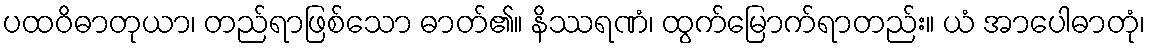
ပထဝိဓာတုယာ၊ တည်ရာဖြစ်သော ဓာတ်၏။ နိဿရဏံ၊ ထွက်မြောက်ရာတည်း။ ယံ အာပေါဓာတုံ၊